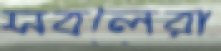
সবলেরা